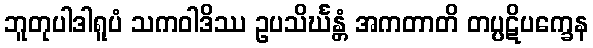
ဘူတုပါဒါရူပံ သကဝါဒိဿ ဥပသိင်္ဃန္တံ အကတာတိ တပ္ပဋိပက္ခေန